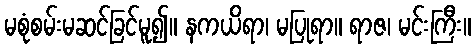
မစုံစမ်းမဆင်ခြင်မူ၍။ နကယိရာ၊ မပြုရာ။ ရာဇ၊ မင်းကြီး။